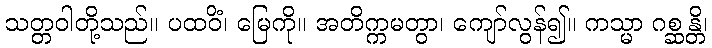
သတ္တဝါတို့သည်။ ပထဝိံ၊ မြေကို။ အတိက္ကမတွာ၊ ကျော်လွန်၍။ ကသ္မာ ဂစ္ဆန္တိ၊